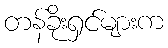
တန်ခိုးရှင်များက